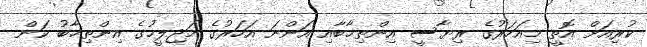
ކުރިއަށް އޮތީ މިއަހަރުގެ ރިޔާސީ އިންތިޚާބާއި އަންނަ އަހަރުގެ މަޖިލީހުގެ އިންތިޚާބު ކަން